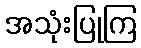
အသုံးပြုကြ